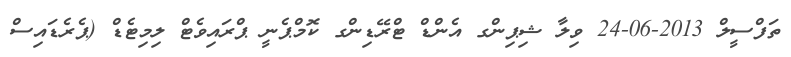
ތަފްސީލް 2013-06-24 ވިލާ ޝިޕިންގ އެންޑް ޓްރޭޑިންގ ކޮމްޕެނީ ޕްރައިވެޓް ލިމިޓެޑް (ޕެރެޑައިސް